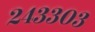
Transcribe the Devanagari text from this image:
२४३३०३